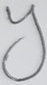
Text: Y